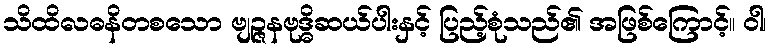
သိထိလဓနိတစသော ဗျဉ္ဇနဗုဒ္ဓိဆယ်ပါးနှင့် ပြည့်စုံသည်၏ အဖြစ်ကြောင့်။ ဝါ၊